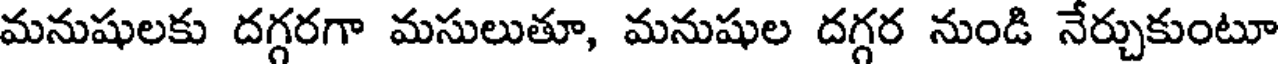
మనుషులకు దగ్గరగా మసులుతూ, మనుషుల దగ్గర నుండి నేర్చుకుంటూ